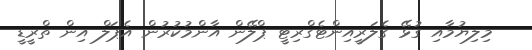
މިލިޔުމާއި ގުޅޭ ގެލަރީއިންޓެގްރިޓީ ޕްލޭން އާންމުކުރުން އެޕަލް އިން ތްރީޑީ